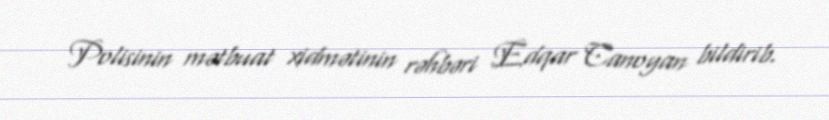
Polisinin mətbuat xidmətinin rəhbəri Edqar Canoyan bildirib.